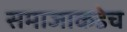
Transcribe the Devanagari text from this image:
समाजाकडेच